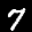
Label: 7